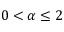
0 < \alpha \leq 2